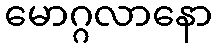
မောဂ္ဂလာနော